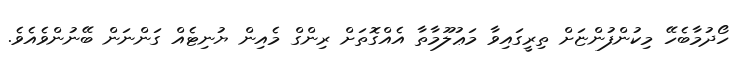
ހޯދުމާބެހޭ މިކުންފުންޏަށް ތިރީގައިވާ މަޢުލޫމާތާ އެއްގޮތަށް ރިންގް މެއިން ޔުނިޓެއް ގަންނަން ބޭނުންވެއެވެ.